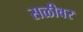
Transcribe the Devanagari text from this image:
सळीवर